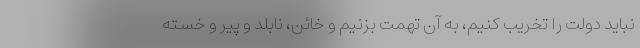
نباید دولت را تخریب کنیم، به آن تهمت بزنیم و خائن، نابلد و پیر و خسته